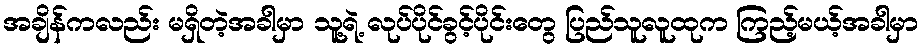
အချိန်ကလည်း မရှိတဲ့အခါမှာ သူ့ရဲ့ လုပ်ပိုင်ခွင့်ပိုင်းတွေ ပြည်သူလူထုက ကြည့်မယ့်အခါမှာ